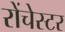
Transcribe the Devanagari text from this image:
रोंचेस्टर